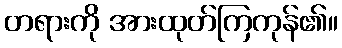
တရားကို အားထုတ်ကြကုန်၏။